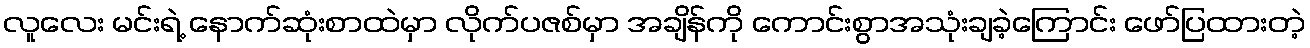
လူလေး မင်းရဲ့ နောက်ဆုံးစာထဲမှာ လိုက်ပဇစ်မှာ အချိန်ကို ကောင်းစွာအသုံးချခဲ့ကြောင်း ဖော်ပြထားတဲ့